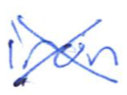
Text: iron
Cross-out: cross
Writing tool: ballpoint